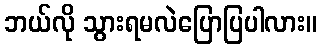
ဘယ်လို သွားရမလဲပြောပြပါလား။